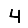
Digit: 4